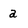
Character: a